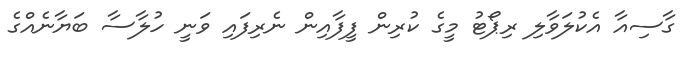
ގާސިއާ އެކުލަވާލި ރިޕޯޓު މީގެ ކުރިން ފީފާއިން ނެރިފައި ވަނީ ހުލާސާ ބަޔާނެއްގެ